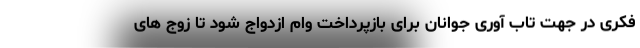
فکری در جهت تاب آوری جوانان برای بازپرداخت وام ازدواج شود تا زوج های